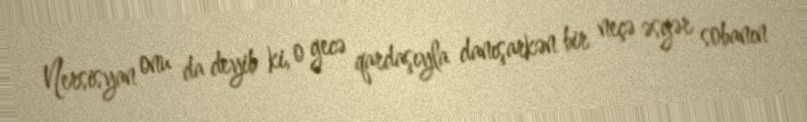
Nersisyan onu da deyib ki, o gecə qardaşıyla danışarkən bir neçə əsgər sobanın